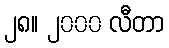
၂၈။ ၂၀၀၀ လီတာ